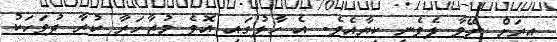
އިރަށް ނޭވާ ލެވެނީ ކިޔާއެވެ. އެ ހާލުގައި އޮވެ މުޒާހަރާ ކުރާ ދުވަހަކު